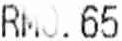
RM0.65